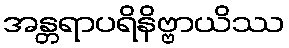
အန္တရာပရိနိဗ္ဗာယိဿ